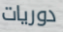
دوريات